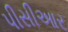
પીસીઆર